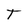
Character: T